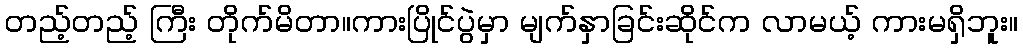
တည့်တည့် ကြီး တိုက်မိတာ။ကားပြိုင်ပွဲမှာ မျက်နှာခြင်းဆိုင်က လာမယ့် ကားမရှိဘူး။